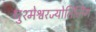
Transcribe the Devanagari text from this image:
घुश्मेश्वरज्योतिर्लिंग